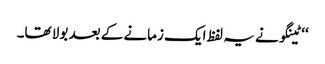
‘‘ ٹینگو نے یہ لفظ ایک زمانے کے بعد بولا تھا۔